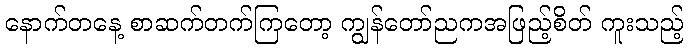
နောက်တနေ့ စာဆက်တက်ကြတော့ ကျွန်တော်ညကအဖြည့်စိတ် ကူးသည့်